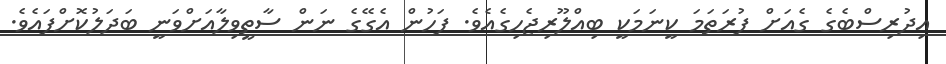
އިދުރިސްބެގެ ގެއަށް ފުރަތަމަ ކީނަމަކީ ބިއްލޫރިޖެހިގެއެވެ. ފަހުން އެގޭގެ ނަން ސާތީވިލާއަށްވަނީ ބަދަލުކޮށްފައެވެ.